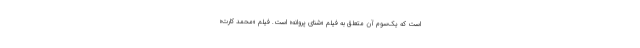
است که یک‌سوم آن متعلق به فیلم «شنای پروانه» است. فیلم «محمد کارت»